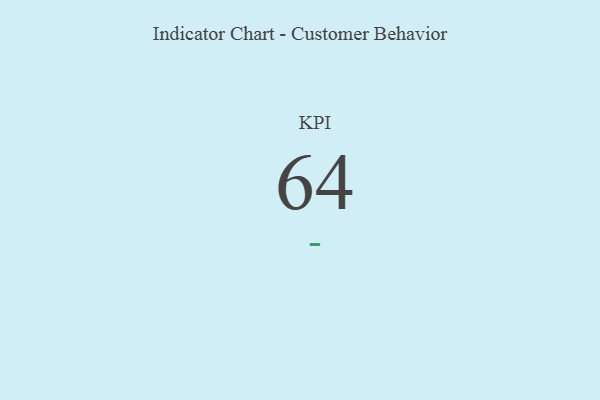
{"axis": {"x": "KPI", "y": "Value"}, "legend": [""], "data": [{"x": "KPI", "y": 64, "type": ""}]}